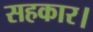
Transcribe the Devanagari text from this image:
सहकार।